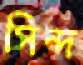
সিন্দ